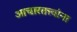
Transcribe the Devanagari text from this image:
आचारतत्त्वांना